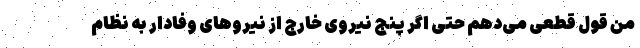
من قول قطعی می‌دهم حتی اگر پنج نیروی خارج از نیروهای وفادار به نظام